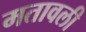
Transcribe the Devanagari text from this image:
मतावली